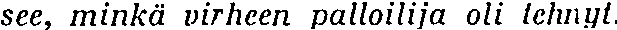
see, minkä virheen palloilija oli tehnyt.